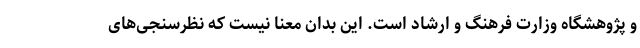
و پژوهشگاه وزارت فرهنگ و ارشاد است. این بدان معنا نیست که نظرسنجی‌های